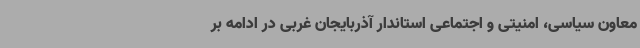
معاون سیاسی، امنیتی و اجتماعی استاندار آذربایجان غربی در ادامه بر